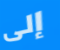
إلى